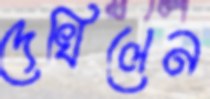
দেখিলেন